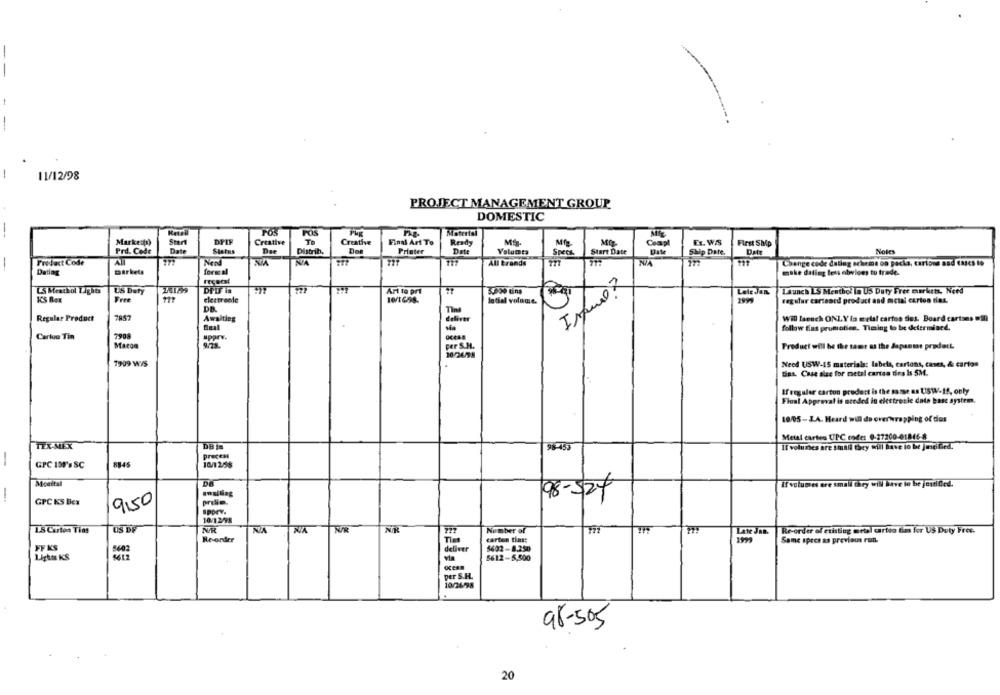
--
--
-
11/12/98
PROJECT MANAGEMENT GROUP
DOMESTIC
--
POS
Material
Markets)
Start
DFIF
Creative
Creative
Final Art To
Ready
First Ship
Prd. Code
Date
Status
Distrib,
Printer
Date
Volumes
Specs.
Start Date
Comp
Notes
Ship Date.
Product Code
Nerd
NA
NA
All Brands
Change code dating scheme on packs, cartone and CACS 19
Dating
markets
make dating less otwiges to trade.
regeest
LS Meathol Lights
US Daty
DPIS is
Art to pri
5490 tins
Lete Jan.
Launch LS Menthol Ta US Duty Free markets. Need
ICS Box
Free
electronle
latial volomit.
regular cartescd product and metal carton tias.
DR
Tint
Regular Product
7857
Awaiting
deliver
Will launch ONLY la melal carton dies. Board cartons 2)
follow fias prumotien. Timing to be determined.
7908
Cartuo Tin
sparv.
Macon
9.78.
Fer S.H.
Product will be the same as the dapseme prodott.
102458
7909 WIS
Need USW-15 materials: labels, cartons, cases, & carton
Gas Case alze for metal cartes tirs Is 5M.
If regular carton product is the same as USW-15, only
Final Approval is needed in electresie date base system.
10/05-JA. Heard will do overwrapping of dos
Metal cartes UPC code: 0-27200-01846-8
TEX-MEX
Il volunes are small they will have to be jmeilied.
98-455
Process
GPC 180's SC
Mcaital
If volumes ere small they will have to be justified.
mailing
98-324
-
9,50
GPC KS Box
PONY.
US DE
101298
1.5 Carton Tias
NA
Number of
Late Jan.
Re-order of ctisting ertel carta tim for US Duty Free.
Revender
Time
carton tins:
Same specs as previous run.
FF KS
5402
deliver
5402-8.250
8612-5,500
Lights KS
via
Per S.H.
98-505
20